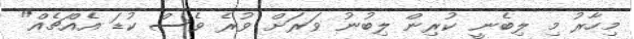
މިހާރު މި ލިބެނީ ކުރިން ލިބުނު ވަރަށް ވުރެ ވެސް ކުޑަ އެއްޗެއް"